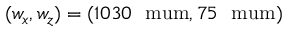
( w _ { x } , w _ { z } ) = ( 1 0 3 0 ~ \mathrm { \ m u m } , 7 5 ~ \mathrm { \ m u m } )